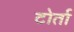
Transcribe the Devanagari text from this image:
टोर्ता